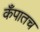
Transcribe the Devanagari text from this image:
कँपातच